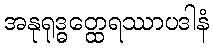
အနုရုဒ္ဓတ္ထေရဿာပဒါနံ